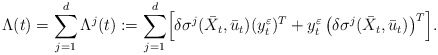
\begin{align*}\Lambda(t) &= \sum_{j=1}^d \Lambda^j(t) := \sum_{j=1}^d \Bigl[ \delta\sigma^j(\bar{X}_t,\bar{u}_t) (y^{\varepsilon}_t)^T + y^{\varepsilon}_t \left(\delta \sigma^j(\bar{X}_t,\bar{u}_t) \right)^T \Bigr].\end{align*}